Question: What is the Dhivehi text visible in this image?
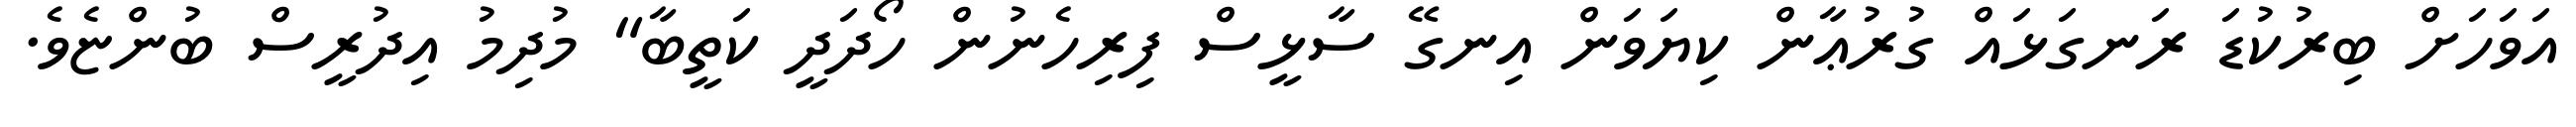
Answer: އަވަހަށް ބިރުކުޑަ ރަނގަޅައް ގުރުޢާން ކިޔަވަން އިނގޭ ސާޅީސް ފިރިހެނުން ހޯދަދީ ކަތީބާ" މުދިމު އިދުރީސް ބުންޏެވެ.